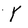
Character: Y